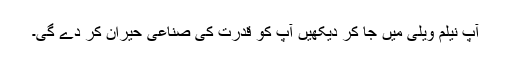
آپ نیلم ویلی میں جا کر دیکھیں آپ کو قدرت کی صناعی حیران کر دے گی۔